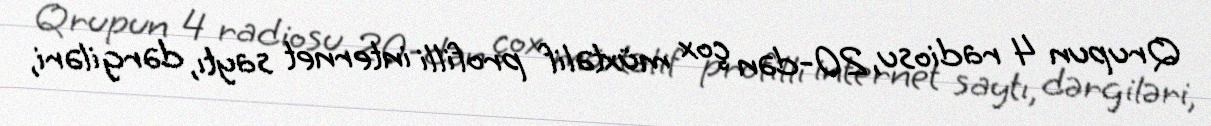
Qrupun 4 radiosu, 20-dən çox müxtəlif profilli internet saytı, dərgiləri,